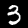
Label: 3